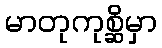
မာတုကုစ္ဆိမှာ